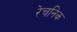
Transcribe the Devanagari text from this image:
रेचनिक